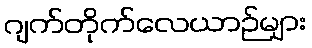
ဂျက်တိုက်လေယာဉ်များ